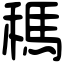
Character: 𥡗